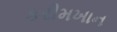
કરીમખાન